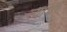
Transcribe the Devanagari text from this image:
त्यांंची